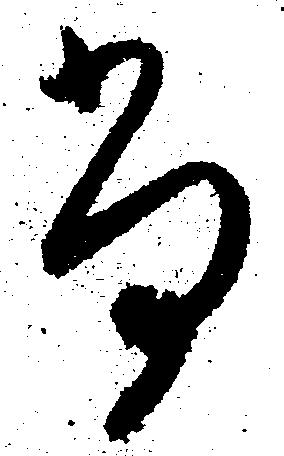
尚